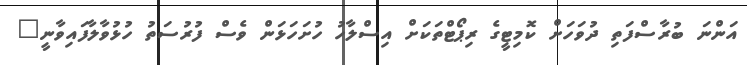
އަންނަ ބުރާސްފަތި ދުވަހަށް ކޮމިޓީގެ ރިޕޯޓްތަކަށް އިސްލާހު ހުށަހަޅަން ވެސް ފުރުސަތު ހުޅުވާލާފައިވާނީ"